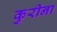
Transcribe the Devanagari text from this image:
कुरीना